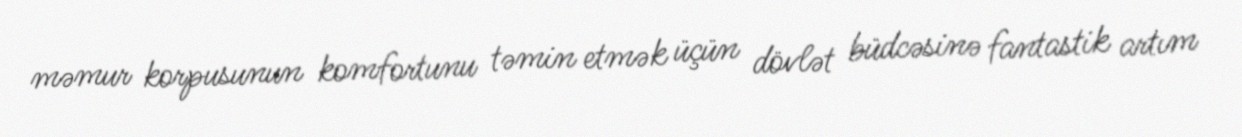
məmur korpusunun komfortunu təmin etmək üçün dövlət büdcəsinə fantastik artım